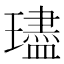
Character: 璶